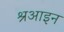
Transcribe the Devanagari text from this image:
श्रआइन